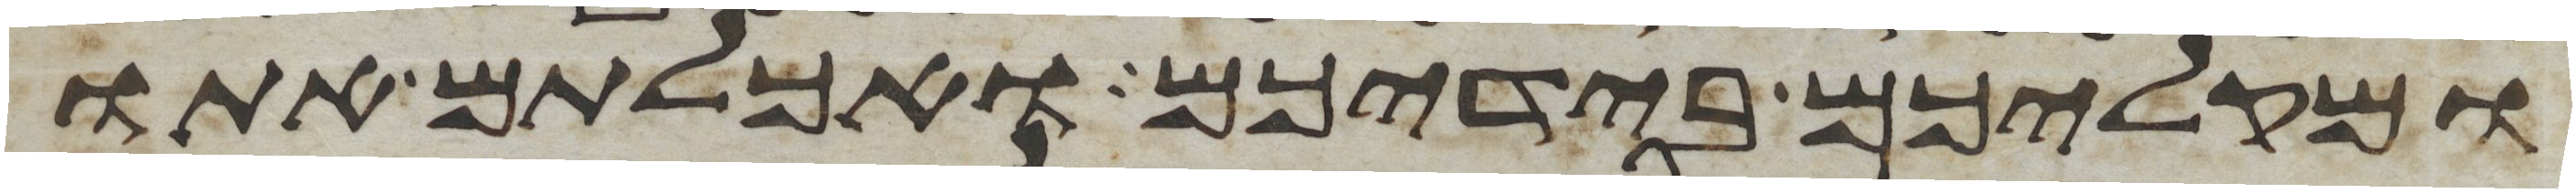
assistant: ומקליכם בידיכם ואכלתם אתו